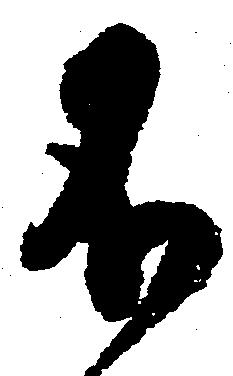
不